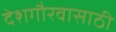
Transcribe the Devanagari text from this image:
देशगौरवासाठी